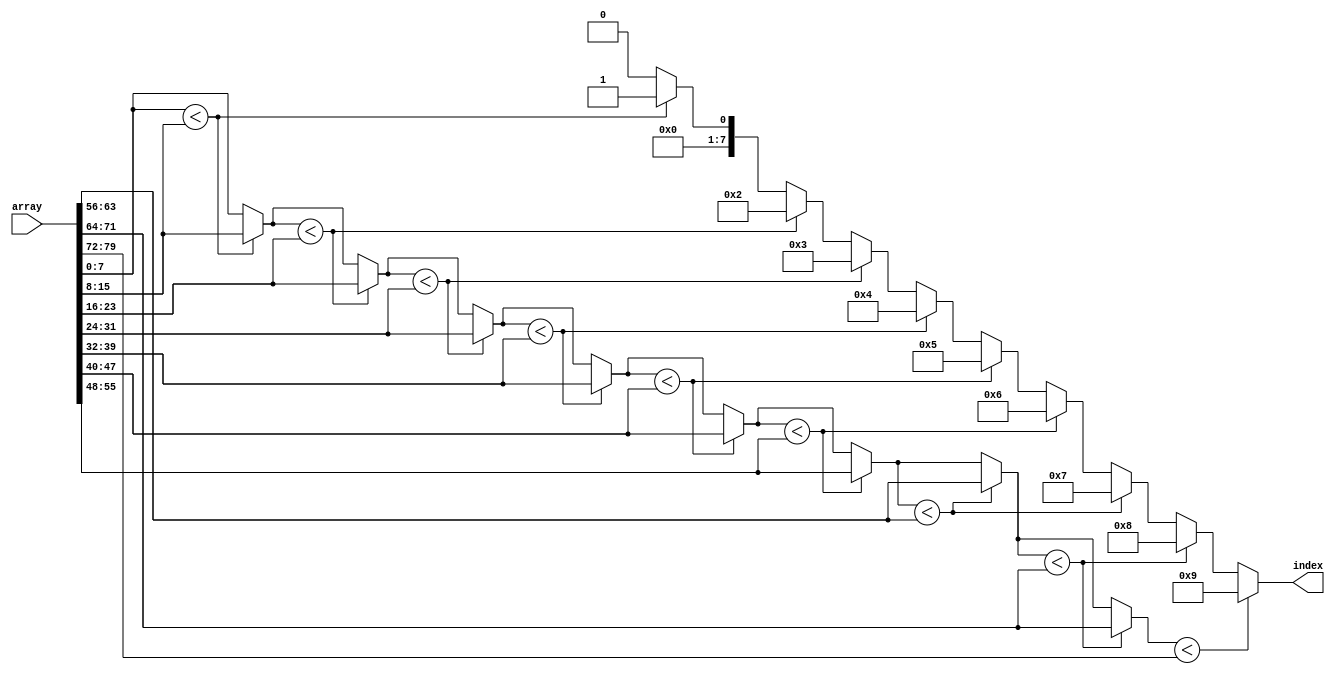
module ClassType 
    (
        input wire [79:0] array,
        output reg [7:0] index
    );
	
   integer i;
	reg [7:0]max;
	always @(*) begin
    index = 8'b0;
    max = array[7:0];
    i = 0;
    for (i = 0; i < 10; i = i + 1) begin
      if (max < array[i * 8 +: 8]) begin
        max = array[i * 8 +: 8];
        index = i;
      end
    end
	end
	 
endmodule